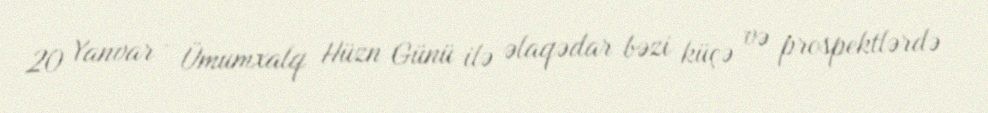
20 Yanvar - Ümumxalq Hüzn Günü ilə əlaqədar bəzi küçə və prospektlərdə